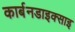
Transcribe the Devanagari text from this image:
कार्बनडाइक्साइ